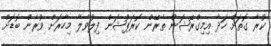
ކުރާ ގޮތަށް ހަދާ އިމިގްރޭޝަން ތެރޭން ކޮރަޕްޝަން ފިލުވާލާ މިހާރަށް ވުރެން ބޮޑަށް